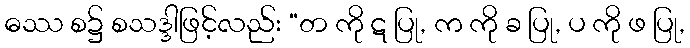
ဓဿ စ၌ စသဒ္ဒါဖြင့်လည်း “တ ကို ဋ ပြု, က ကို ခ ပြု, ပ ကို ဖ ပြု,